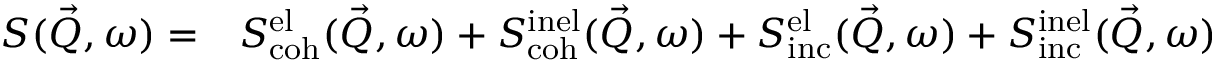
\begin{array} { r l } { S ( \vec { Q } , \omega ) = } & { { } S _ { \mathrm { c o h } } ^ { \mathrm { e l } } ( \vec { Q } , \omega ) + S _ { \mathrm { c o h } } ^ { \mathrm { i n e l } } ( \vec { Q } , \omega ) + S _ { \mathrm { i n c } } ^ { \mathrm { e l } } ( \vec { Q } , \omega ) + S _ { \mathrm { i n c } } ^ { \mathrm { i n e l } } ( \vec { Q } , \omega ) } \end{array}